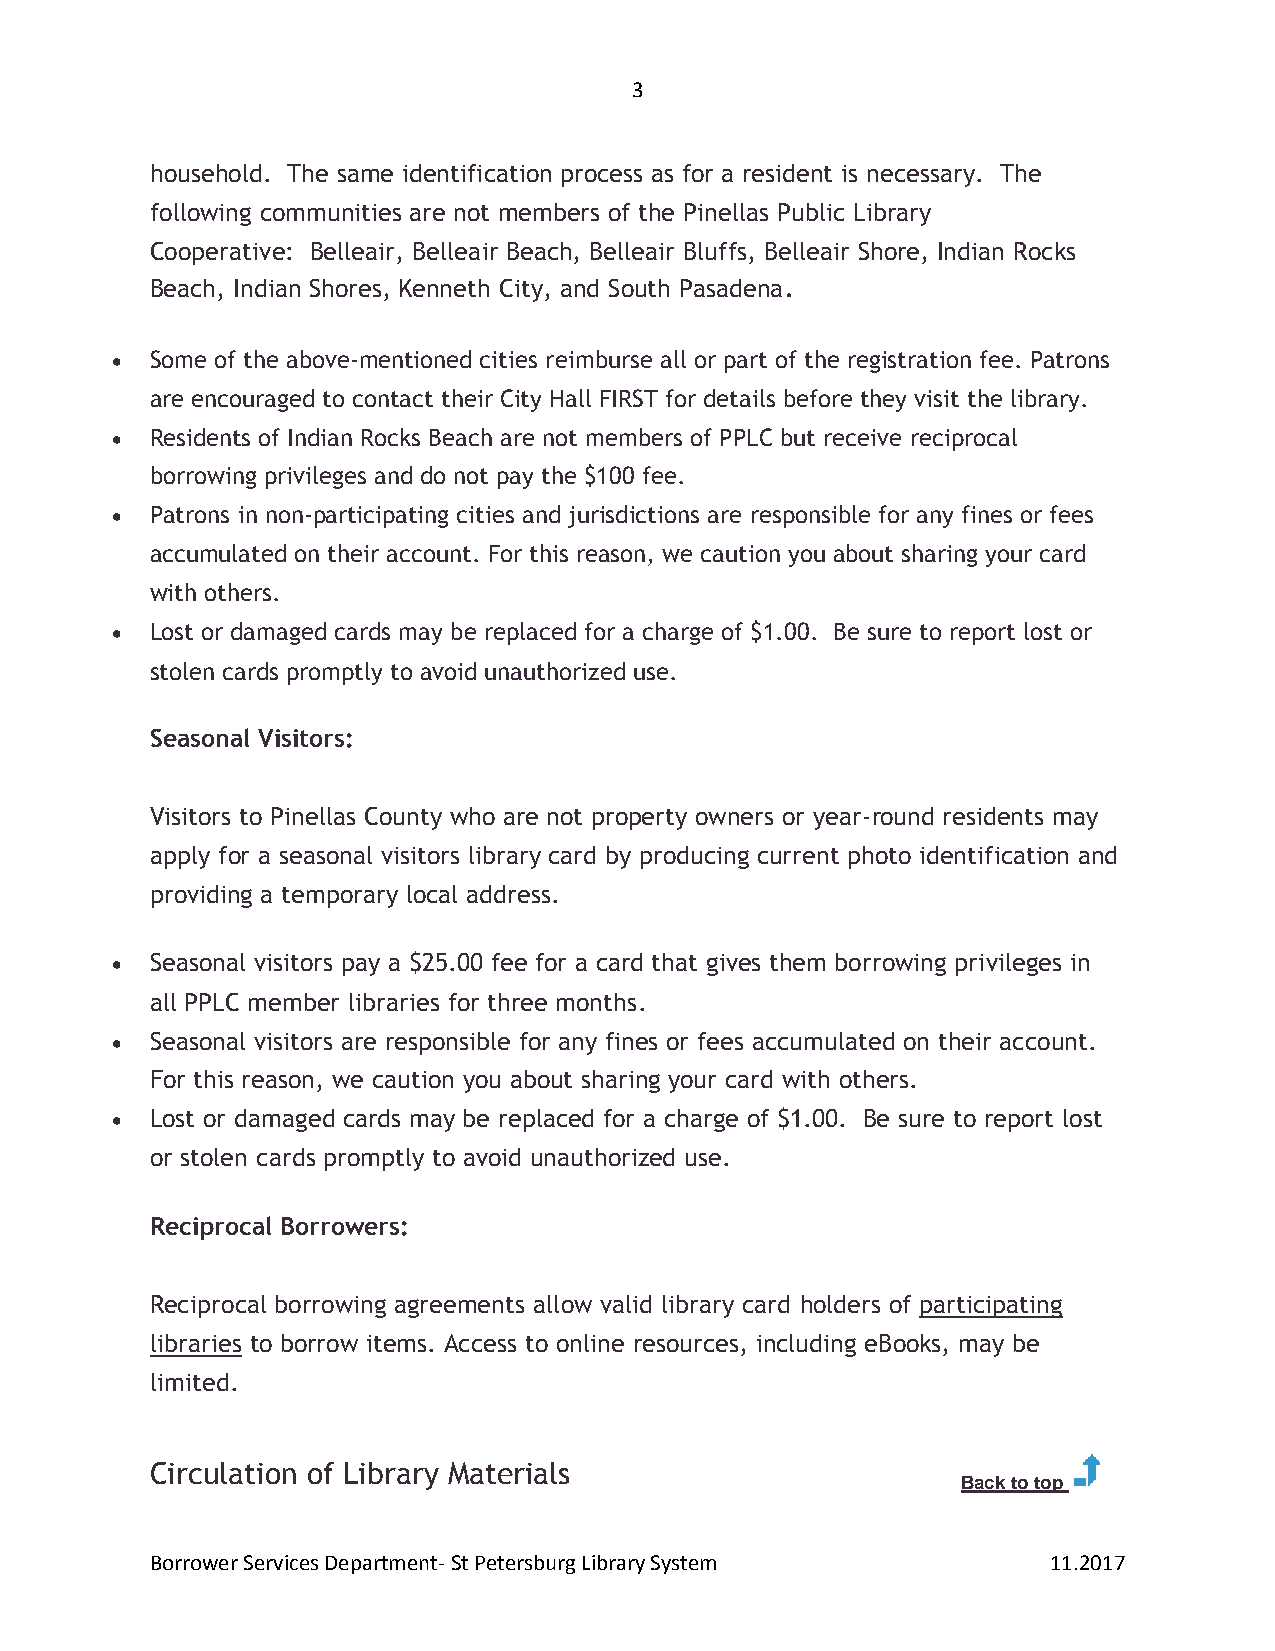
3
 household. The same identification process as for a resident is necessary. The
 following communities are not members of the Pinellas Public Library
 Cooperative: Belleair, Belleair Beach, Belleair Bluffs, Belleair Shore, Indian Rocks
 Beach, Indian Shores, Kenneth City, and South Pasadena.
   Some of the above-mentioned cities reimburse all or part of the registration fee. Patrons
 are encouraged to contact their City Hall FIRST for details before they visit the library.
   Residents of Indian Rocks Beach are not members of PPLC but receive reciprocal
 borrowing privileges and do not pay the $100 fee.
   Patrons in non-participating cities and jurisdictions are responsible for any fines or fees
 accumulated on their account. For this reason, we caution you about sharing your card
 with others.
   Lost or damaged cards may be replaced for a charge of $1.00. Be sure to report lost or
 stolen cards promptly to avoid unauthorized use.
 Seasonal Visitors:
 Visitors to Pinellas County who are not property owners or year-round residents may
 apply for a seasonal visitors library card by producing current photo identification and
 providing a temporary local address.
   Seasonal visitors pay a $25.00 fee for a card that gives them borrowing privileges in
 all PPLC member libraries for three months.
   Seasonal visitors are responsible for any fines or fees accumulated on their account.
 For this reason, we caution you about sharing your card with others.
   Lost or damaged cards may be replaced for a charge of $1.00. Be sure to report lost
 or stolen cards promptly to avoid unauthorized use.
 Reciprocal Borrowers:
 Reciprocal borrowing agreements allow valid library card holders of participating
 libraries to borrow items. Access to online resources, including eBooks, may be
 limited.
 Circulation of Library Materials
 Back to top
 Borrower Services Department- St Petersburg Library System 11.2017